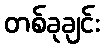
တစ်ခုချင်း